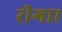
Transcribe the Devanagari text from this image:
रीगा।